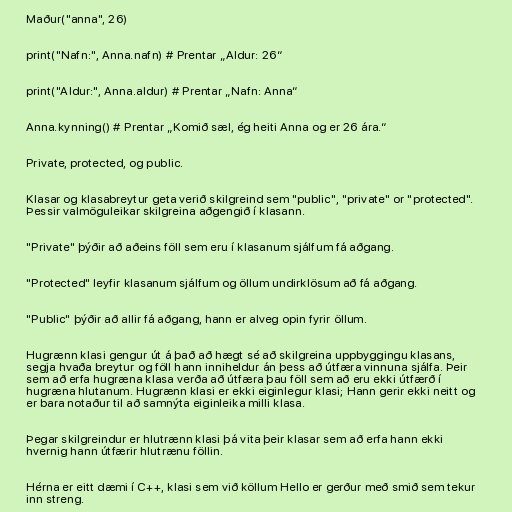
Maður("anna", 26)

print("Nafn:", Anna.nafn) # Prentar „Aldur: 26“

print("Aldur:", Anna.aldur) # Prentar „Nafn: Anna“

Anna.kynning() # Prentar „Komið sæl, ég heiti Anna og er 26 ára.“

Private, protected, og public.

Klasar og klasabreytur geta verið skilgreind sem "public", "private" or "protected".
Þessir valmöguleikar skilgreina aðgengið í klasann.

"Private" þýðir að aðeins föll sem eru í klasanum sjálfum fá aðgang.

"Protected" leyfir klasanum sjálfum og öllum undirklösum að fá aðgang.

"Public" þýðir að allir fá aðgang, hann er alveg opin fyrir öllum.

Hugrænn klasi gengur út á það að hægt sé að skilgreina uppbyggingu klasans,
segja hvaða breytur og föll hann inniheldur án þess að útfæra vinnuna sjálfa. Þeir
sem að erfa hugræna klasa verða að útfæra þau föll sem að eru ekki útfærð í
hugræna hlutanum. Hugrænn klasi er ekki eiginlegur klasi; Hann gerir ekki neitt og
er bara notaður til að samnýta eiginleika milli klasa.

Þegar skilgreindur er hlutrænn klasi þá vita þeir klasar sem að erfa hann ekki
hvernig hann útfærir hlutrænu föllin.

Hérna er eitt dæmi í C++, klasi sem við köllum Hello er gerður með smið sem tekur
inn streng.